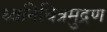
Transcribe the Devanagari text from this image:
ध्वनिचित्रमुद्रण